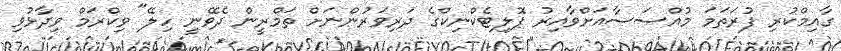
ގާއިމްކުރި ފުރަތަމަ މުއްސަސާއަށްވާއިރު ޕޮލިޓެކްނިކްގެ ދަރިވަރުންނަށް ތަމްރީން ދެވޭނީ ހިލޭ" ވިކްރަމް ވިދާޅުވި